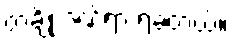
တချို့ ဒဏ်ရာ ရခဲ့တယ်။